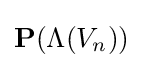
\mathbf {P} (\Lambda (V_{n}))